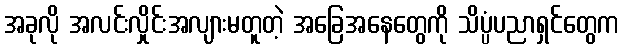
အခုလို အလင်းလှိုင်းအလျားမတူတဲ့ အခြေအနေတွေကို သိပ္ပံပညာရှင်တွေက